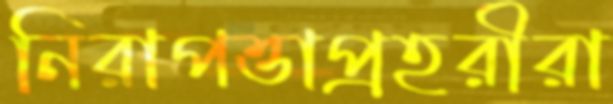
নিরাপত্তাপ্রহরীরা